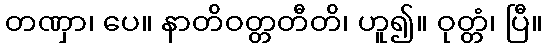
တဏှာ၊ ပေ။ နာတိဝတ္တတီတိ၊ ဟူ၍။ ဝုတ္တံ၊ ပြီ။